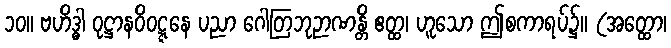
၁၀။ ဗဟိဒ္ဓါ ဝုဋ္ဌာနဝိဝဋ္ဋနေ ပညာ ဂေါတြဘုဉာဏန္တိ ဧတ္ထ၊ ဟူသော ဤစကာရပ်၌။ (အတ္ထော၊